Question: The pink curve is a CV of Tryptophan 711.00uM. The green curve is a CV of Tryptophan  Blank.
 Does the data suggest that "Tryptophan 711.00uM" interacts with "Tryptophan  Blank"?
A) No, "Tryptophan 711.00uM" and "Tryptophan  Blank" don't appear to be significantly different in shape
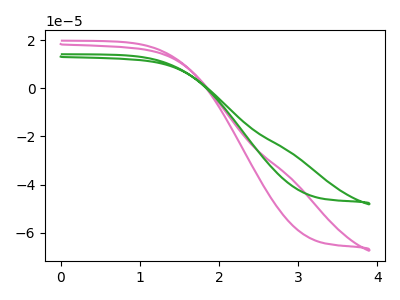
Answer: <think>The pink curve "Tryptophan 711.00uM" has no peaks. The green curve "Tryptophan  Blank" has no peaks.
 Neither "Tryptophan 711.00uM" or "Tryptophan  Blank" have any peaks.</think>
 <answer>A) No, "Tryptophan 711.00uM" and "Tryptophan  Blank" don't appear to be significantly different in shape</answer>
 <eval>A</eval>